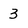
Character: 3